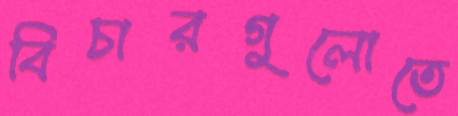
বিচারগুলোতে